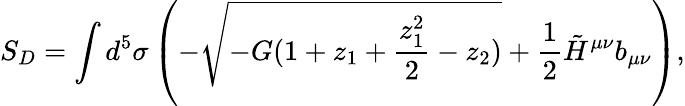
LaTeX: S_{D}=\int d^{5}\sigma\left(-\sqrt{-G(1+z_{1}+{\frac{z_{1}^{2}}{2}}-z_{2})}+{\frac{1}{2}}\tilde{H}^{\mu\nu}b_{\mu\nu}\right),